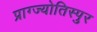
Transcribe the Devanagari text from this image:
प्राग्ज्योतिस्पुर